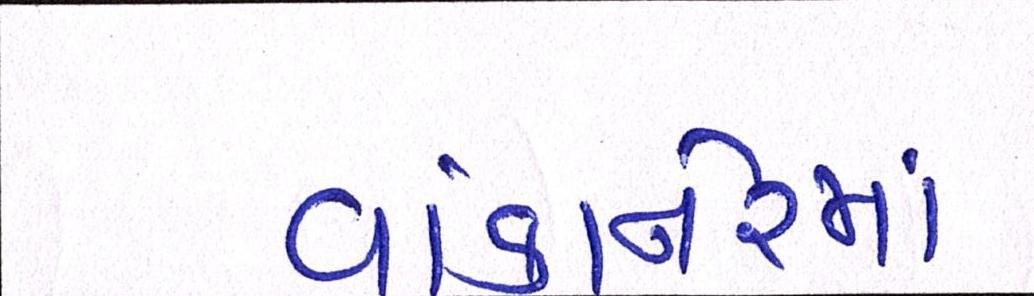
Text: વાંકાનેરમાં